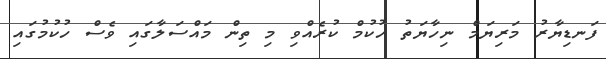
ފަނޑިޔާރު މަރިޔަމް ނިހާޔަތު ހުކުމް ކުރެއްވި މި ތިން މައްސަލާގައި ވެސް ހުކުމުގައި